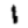
Digit: 1